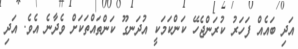
އަދި ބައެއް ފަހަރު ކުރަންޖެހޭ ކަންކަމަކީ އުދަނގޫ ކަންތައްތަކަށް ވެދާނެ އެވެ. އަދި